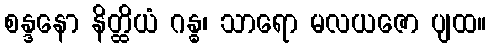
စန္ဒနော နိတ္ထိယံ ဂန္ဓ၊ သာရော မလယဇော ပျထ။